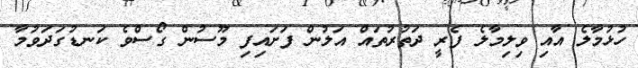
ހުޅުމާލެ އާއި ވިލިމާލެ ފެރީ ދަތުރުތައް އަލުން ފަށައިފި މޫސުން ގޯސްވެ ކަނޑުގަދަވުމާ